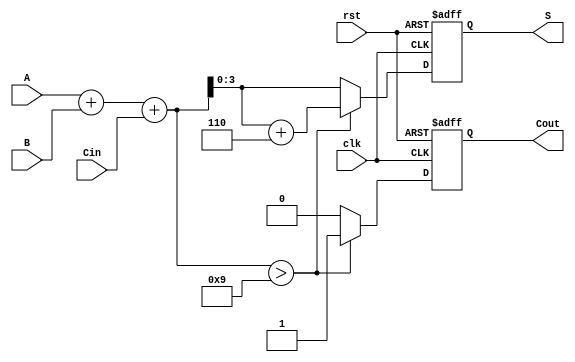
module BCD_Sequential_Adder (
    input wire clk,          // Clock input
    input wire rst,          // Reset input
    input wire [3:0] A,      // First BCD digit
    input wire [3:0] B,      // Second BCD digit
    input wire Cin,          // Carry-in
    output reg [3:0] S,      // BCD result
    output reg Cout          // Carry-out
);

    reg [4:0] sum;          // 5-bit sum to accommodate carry

    always @(posedge clk or posedge rst) begin
        if (rst) begin
            S <= 4'b0000;   // Reset BCD result
            Cout <= 1'b0;   // Reset carry-out
        end else begin
            // Calculate the initial sum
            sum = A + B + Cin;

            // Check if the sum exceeds 9
            if (sum > 9) begin
                sum = sum + 5'd6; // Adjust the sum by adding 6
                Cout <= 1'b1;     // Set carry-out
            end else begin
                Cout <= 1'b0;     // No carry-out
            end

            // Assign the BCD result
            S <= sum[3:0];       // Take the lower 4 bits as the result
        end
    end

endmodule